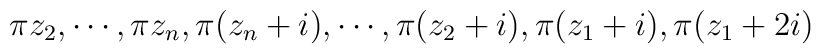
\pi z_2,\cdots, \pi z_n,\pi (z_n+i),\cdots,\pi (z_2+i),\pi (z_1+i),\pi (z_1+2i)